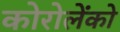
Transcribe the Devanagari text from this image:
कोरोलेंको